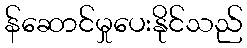
န်ဆောင်မှုပေးနိုင်သည်